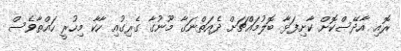
ރޮއި އާދޭސްކޮށް ކާށިފަޅާ ބޮލުމައްޗަށް ދެއަތްނަގާ މޫނުގާ ގެރިގުއި ހާކާ މިހުރީ ހައްތާވެސް